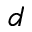
d